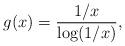
LaTeX: \begin{align*} g(x) = \frac{1/x}{\log (1/x)}, \end{align*}